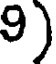
9)